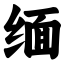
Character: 缅